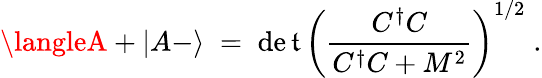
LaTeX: \langleA+|A-\rangle\; =\; \operatorname*{de\mathfrak{t}}\left(\frac{{C^{\dagger}C}}{{C^{\dagger}C+M^{2}}}\right)^{1/2}\; .